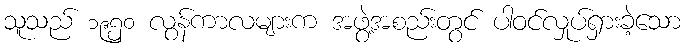
သူသည် ၁၉၅၀ လွန်ကာလများက အဖွဲ့အစည်းတွင် ပါဝင်လှုပ်ရှားခဲ့သော